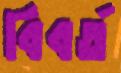
বিবর্ত